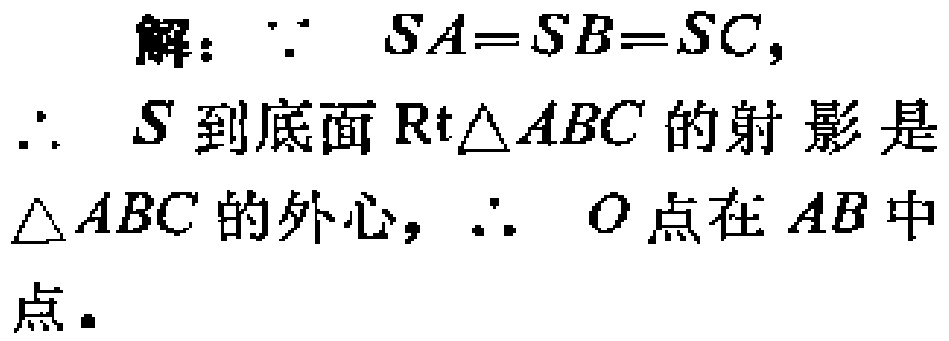
解：$\because SA = SB = SC,$
$\therefore$ \(S\)到底面\(\text{Rt}\triangle ABC\)的射影是
\(\triangle ABC\)的外心, \(\therefore\) \(O\)点在\(AB\)中
点.